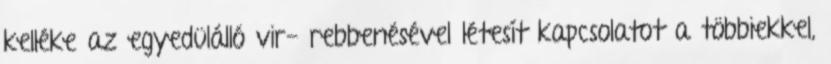
kelléke az egyedülálló vir- rebbenésével létesít kapcsolatot a többiekkel,